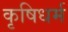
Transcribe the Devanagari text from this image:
कृषिधर्म